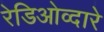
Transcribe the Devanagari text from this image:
रेडिओव्दारे